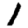
Digit: 1